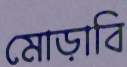
মোড়াবি